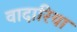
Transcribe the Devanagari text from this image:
वादारिया